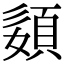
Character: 𡡓